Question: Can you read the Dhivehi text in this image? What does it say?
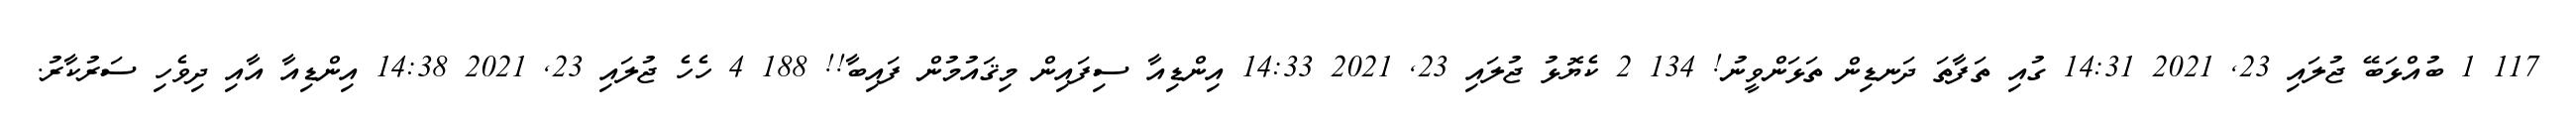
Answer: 117 1 ބުއްޅަބޭ ޖުލައި 23, 2021 14:31 ގުއި ތަފާތަ ދަނޑިން ތަޅަންވީނު! 134 2 ކެޔޮޅު ޖުލައި 23, 2021 14:33 އިންޑިއާ ސިފައިން މިޤައުމުން ފައިބާ!! 188 4 ހެހެ ޖުލައި 23, 2021 14:38 އިންޑިއާ އާއި ދިވެހި ސަރުކާރު.